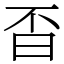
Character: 㫘